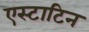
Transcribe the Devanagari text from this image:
एस्टाटिन